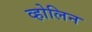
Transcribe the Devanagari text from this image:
व्होलिन